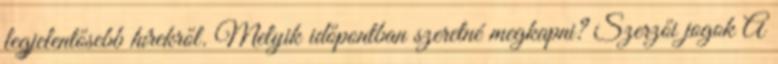
legjelentősebb hírekről. Melyik időpontban szeretné megkapni? Szerzői jogok A